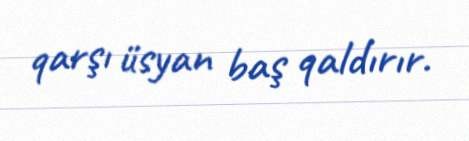
qarşı üsyan baş qaldırır.